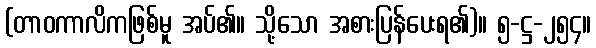
(တာဝကာလိကဖြစ်မူ အပ်၏။ သို့သော အစားပြန်ပေးရ၏)။ ၅-ဋ္ဌ-၂၅၄။